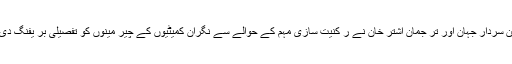
ضلعی الیکشن کمیشن کے چیر مین سردار جہان اور تر جمان اشتر خان نے ر کنیت سازی مہم کے حوالے سے نگران کمیٹیوں کے چیر مینوں کو تفصیلی بر یفنگ دی اور اُن میں بکس تقسیم کر دئیے۔